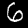
Label: 6